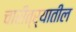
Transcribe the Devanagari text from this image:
चारीत्र्यातील